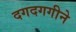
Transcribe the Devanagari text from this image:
दगदगगीने